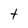
Character: t